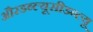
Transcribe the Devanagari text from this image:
औरडब्ल्यूसीडब्ल्यू